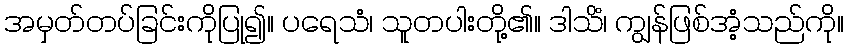
အမှတ်တပ်ခြင်းကိုပြု၍။ ပရေသံ၊ သူတပါးတို့၏။ ဒါသိံ၊ ကျွန်ဖြစ်အံ့သည်ကို။